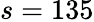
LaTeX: s=135